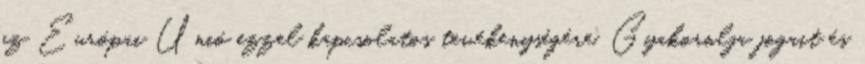
az Európai Unió ezzel kapcsolatos tevékenységére. Gyakorolja jogait és